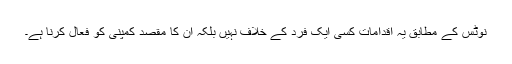
نوٹس کے مطابق یہ اقدامات کسی ایک فرد کے خلاف نہیں بلکہ ان کا مقصد کمپنی کو فعال کرنا ہے۔